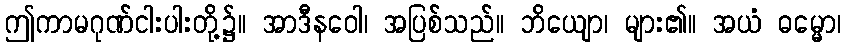
ဤကာမဂုဏ်ငါးပါးတို့၌။ အာဒီနဝေါ၊ အပြစ်သည်။ ဘိယျော၊ များ၏။ အယံ ဓမ္မော၊